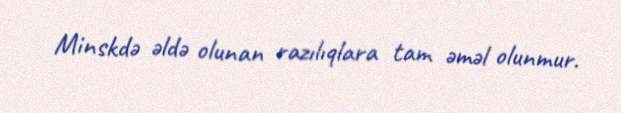
Minskdə əldə olunan razılıqlara tam əməl olunmur.